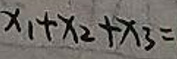
$x_{1}+x_{2}+x_{3}=$